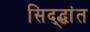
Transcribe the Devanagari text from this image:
सिद्द्धांत